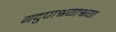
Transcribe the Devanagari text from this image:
यदुपाश्रयाश्रया